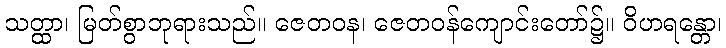
သတ္ထာ၊ မြတ်စွာဘုရားသည်။ ဇေတဝန၊ ဇေတဝန်ကျောင်းတော်၌။ ဝိဟရန္တော၊